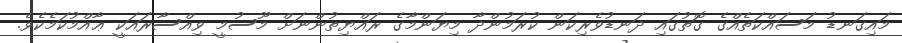
މައިގަނޑު މަސައްކަތެއްގެ ގޮތުގައި ދަނޑުވެރިކަން ކުރަމުންދާ މިޔަންމާގެ ރައްޔިތުންނަށް މޫސުމީ ވިއްސާރައަކީ ޢާއްމުކަމެކެވެ.